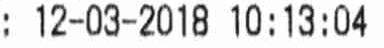
: 12-03-2018 10:13:04